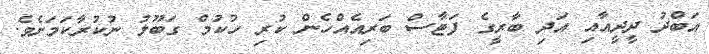
އަބްދު ދީދީއާއި އަދި ބާރީގެ ފަޓާސް ބަރިއެއްހެން ކުރި ހުކުމް ގަބޫލު ނުކުރާކަމަށެވެ.